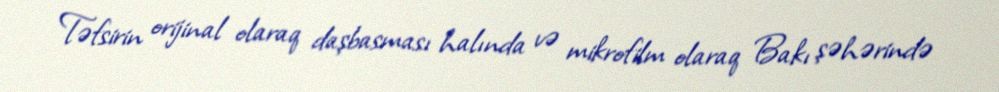
Təfsirin orijinal olaraq daşbasması halında və mikrofilm olaraq Bakı şəhərində